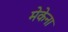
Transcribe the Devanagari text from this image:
मेकेना